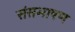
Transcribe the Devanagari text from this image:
संसभाषण